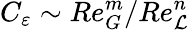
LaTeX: C_{\varepsilon}\sim Re_{G}^{m}/Re_{\mathcal L}^{n}